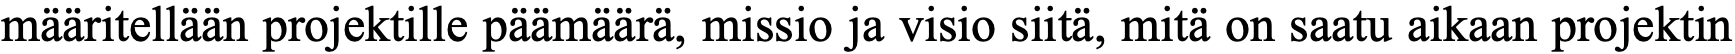
määritellään projektille päämäärä, missio ja visio siitä, mitä on saatu aikaan projektin